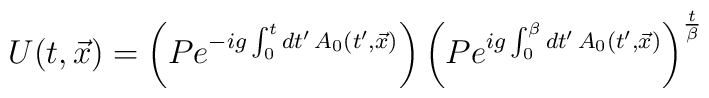
U(t, \vec{x}) = \left(P e^{-ig\int_{0}^{t}    dt'\,A_{0}(t',\vec{x})}\right)\left(P e^{ig\int_{0}^{\beta}    dt'\,A_{0}(t',\vec{x})}\right)^{{t\over\beta}}